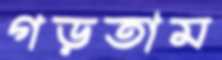
গড়তাম